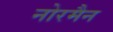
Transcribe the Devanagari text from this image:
नोरमैन